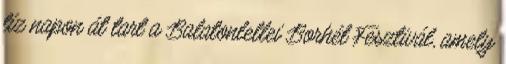
tíz napon át tart a Balatonlellei Borhét Fesztivál, amely